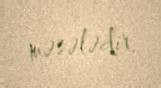
məsələdir.